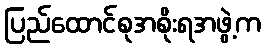
ပြည်ထောင်စုအစိုးရအဖွဲ့က